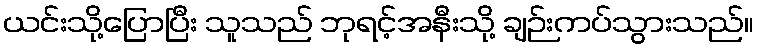
ယင်းသို့ပြောပြီး သူသည် ဘုရင့်အနီးသို့ ချဉ်းကပ်သွားသည်။